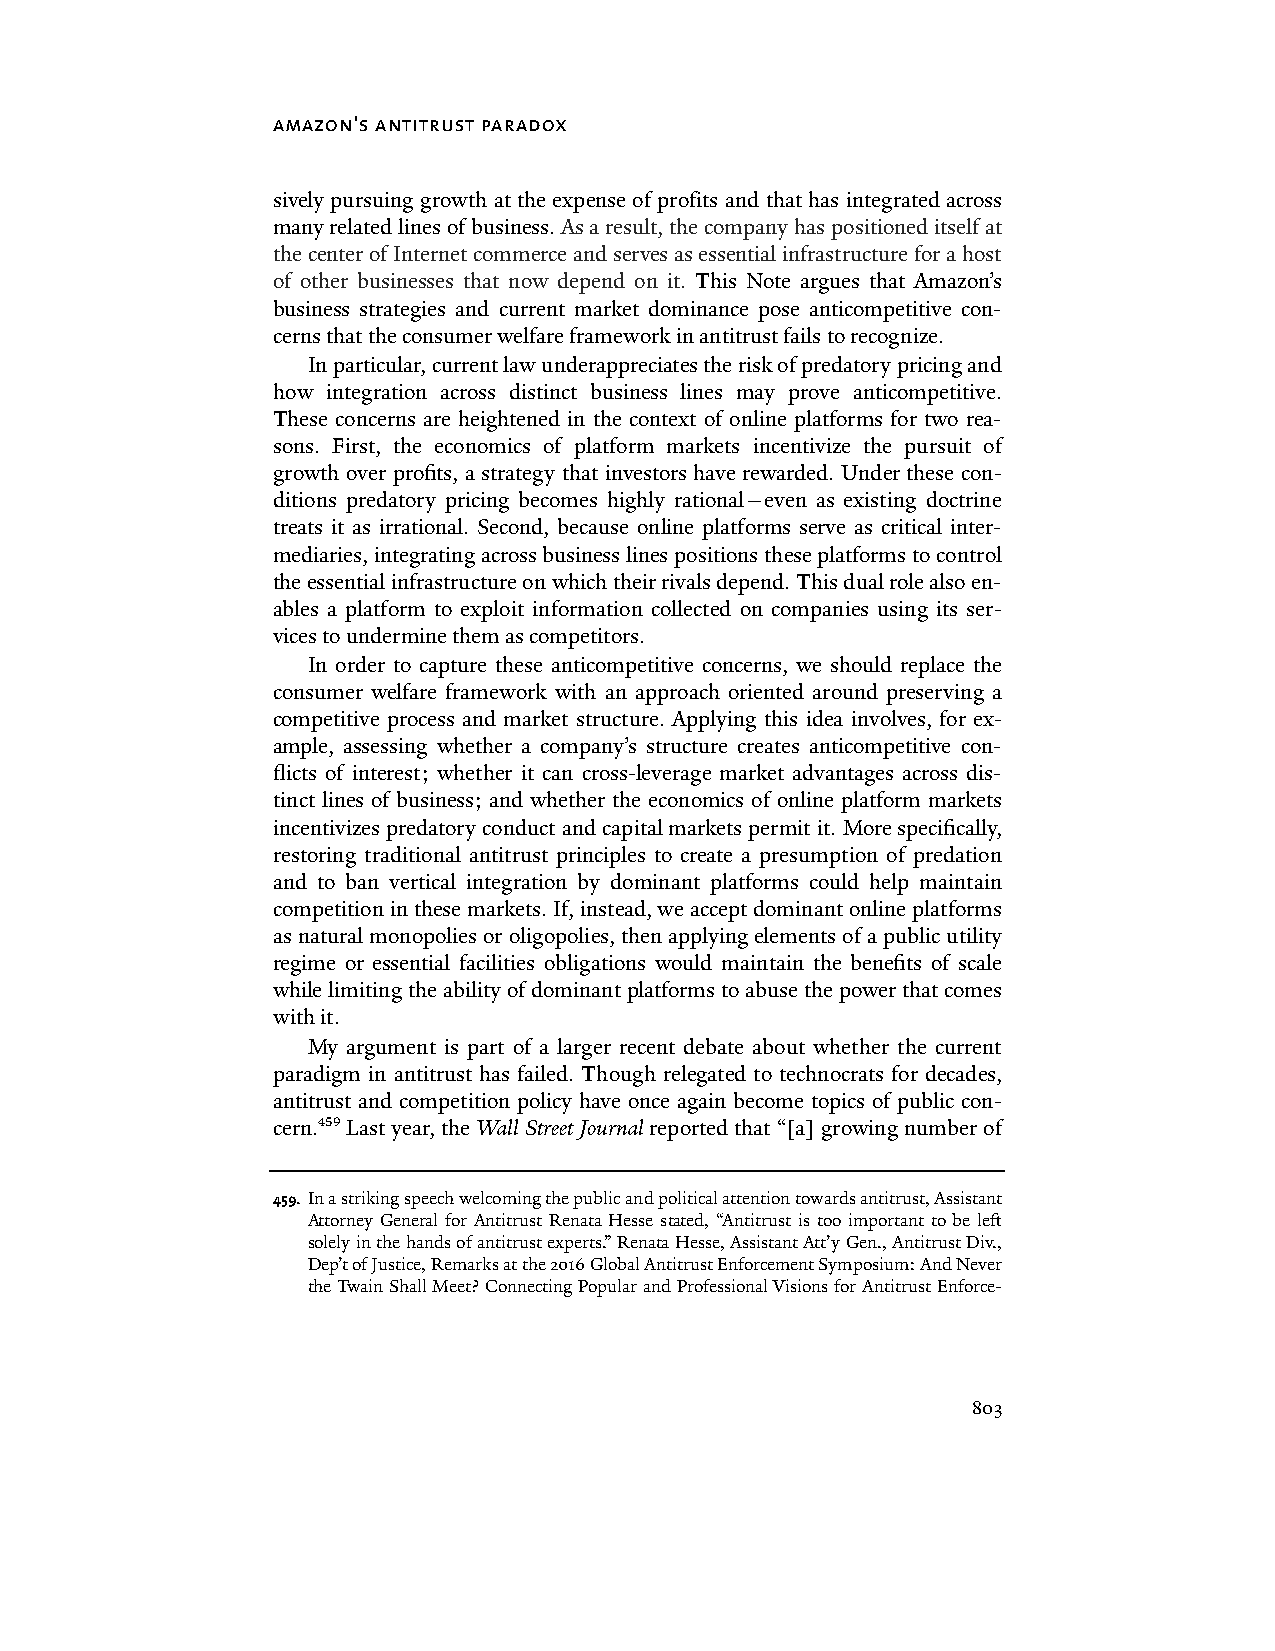
amazon's antitrust paradox
 sively pursuing growth at the expense of profits and that has integrated across
 many related lines of business. As a result, the company has positioned itself at
 the center of Internet commerce and serves as essential infrastructure for a host
 of other businesses that now depend on it. This Note argues that Amazon’s
 business strategies and current market dominance pose anticompetitive con-
 cerns that the consumer welfare framework in antitrust fails to recognize.
 In particular, current law underappreciates the risk of predatory pricing and
 how integration across distinct business lines may prove anticompetitive.
 These concerns are heightened in the context of online platforms for two rea-
 sons. First, the economics of platform markets incentivize the pursuit of
 growth over profits, a strategy that investors have rewarded. Under these con-
 ditions predatory pricing becomes highly rational—even as existing doctrine
 treats it as irrational. Second, because online platforms serve as critical inter-
 mediaries, integrating across business lines positions these platforms to control
 the essential infrastructure on which their rivals depend. This dual role also en-
 ables a platform to exploit information collected on companies using its ser-
 vices to undermine them as competitors.
 In order to capture these anticompetitive concerns, we should replace the
 consumer welfare framework with an approach oriented around preserving a
 competitive process and market structure. Applying this idea involves, for ex-
 ample, assessing whether a company’s structure creates anticompetitive con-
 flicts of interest; whether it can cross-leverage market advantages across dis-
 tinct lines of business; and whether the economics of online platform markets
 incentivizes predatory conduct and capital markets permit it. More specifically,
 restoring traditional antitrust principles to create a presumption of predation
 and to ban vertical integration by dominant platforms could help maintain
 competition in these markets. If, instead, we accept dominant online platforms
 as natural monopolies or oligopolies, then applying elements of a public utility
 regime or essential facilities obligations would maintain the benefits of scale
 while limiting the ability of dominant platforms to abuse the power that comes
 with it.
 My argument is part of a larger recent debate about whether the current
 paradigm in antitrust has failed. Though relegated to technocrats for decades,
 antitrust and competition policy have once again become topics of public con-
 cern.459 Last year, the Wall Street Journal reported that “[a] growing number of
 459. In a striking speech welcoming the public and political attention towards antitrust, Assistant
 Attorney General for Antitrust Renata Hesse stated, “Antitrust is too important to be left
 solely in the hands of antitrust experts.” Renata Hesse, Assistant Att’y Gen., Antitrust Div.,
 Dep’t of Justice, Remarks at the 2016 Global Antitrust Enforcement Symposium: And Never
 the Twain Shall Meet? Connecting Popular and Professional Visions for Antitrust Enforce-
 803